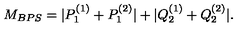
M _ { B P S } = | P _ { 1 } ^ { ( 1 ) } + P _ { 1 } ^ { ( 2 ) } | + | Q _ { 2 } ^ { ( 1 ) } + Q _ { 2 } ^ { ( 2 ) } | .